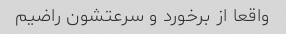
واقعا از برخورد و سرعتشون راضیم